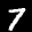
Label: 7